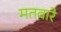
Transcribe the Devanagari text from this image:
मतवारे